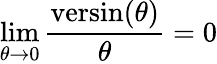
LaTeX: \operatorname*{lim}_{\theta\to 0}{\frac{\operatorname{versin}(\theta)}{\theta}}=0